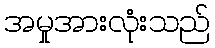
အမှုအားလုံးသည်